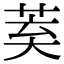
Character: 𮏌